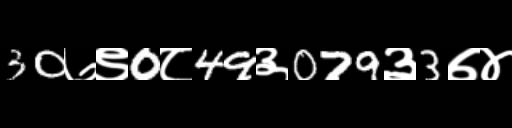
Text: 30७९0८49३079३3७४